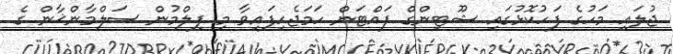
ޖުލައި މަހުގެ ފަހުކޮޅުގައި ޝޫޓިންގް ފައްޓަން ހަމަޖެހިފައިވާ މި ފިލްމުން ސަލްމާންޚާން ގެ